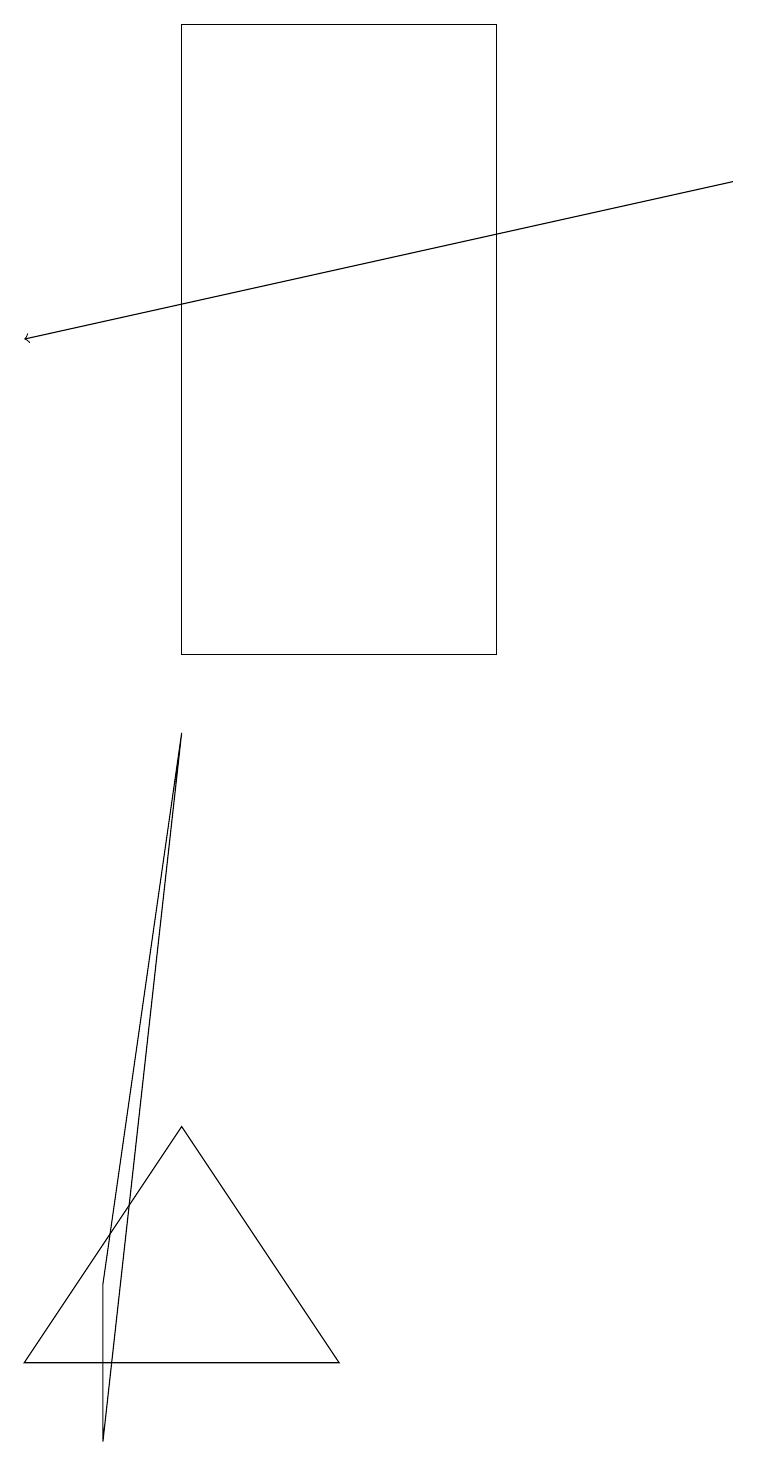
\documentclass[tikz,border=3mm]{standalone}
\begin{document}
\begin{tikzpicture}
\draw[->] (9,16) -- (0,14);
\draw (1,0) -- (2,9) -- (1,2) -- cycle;
\draw (2,18) rectangle (6,10);
\draw (4,1) -- (0,1) -- (2,4) -- cycle;
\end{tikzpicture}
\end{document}